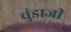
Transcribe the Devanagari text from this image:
चुंडाजी